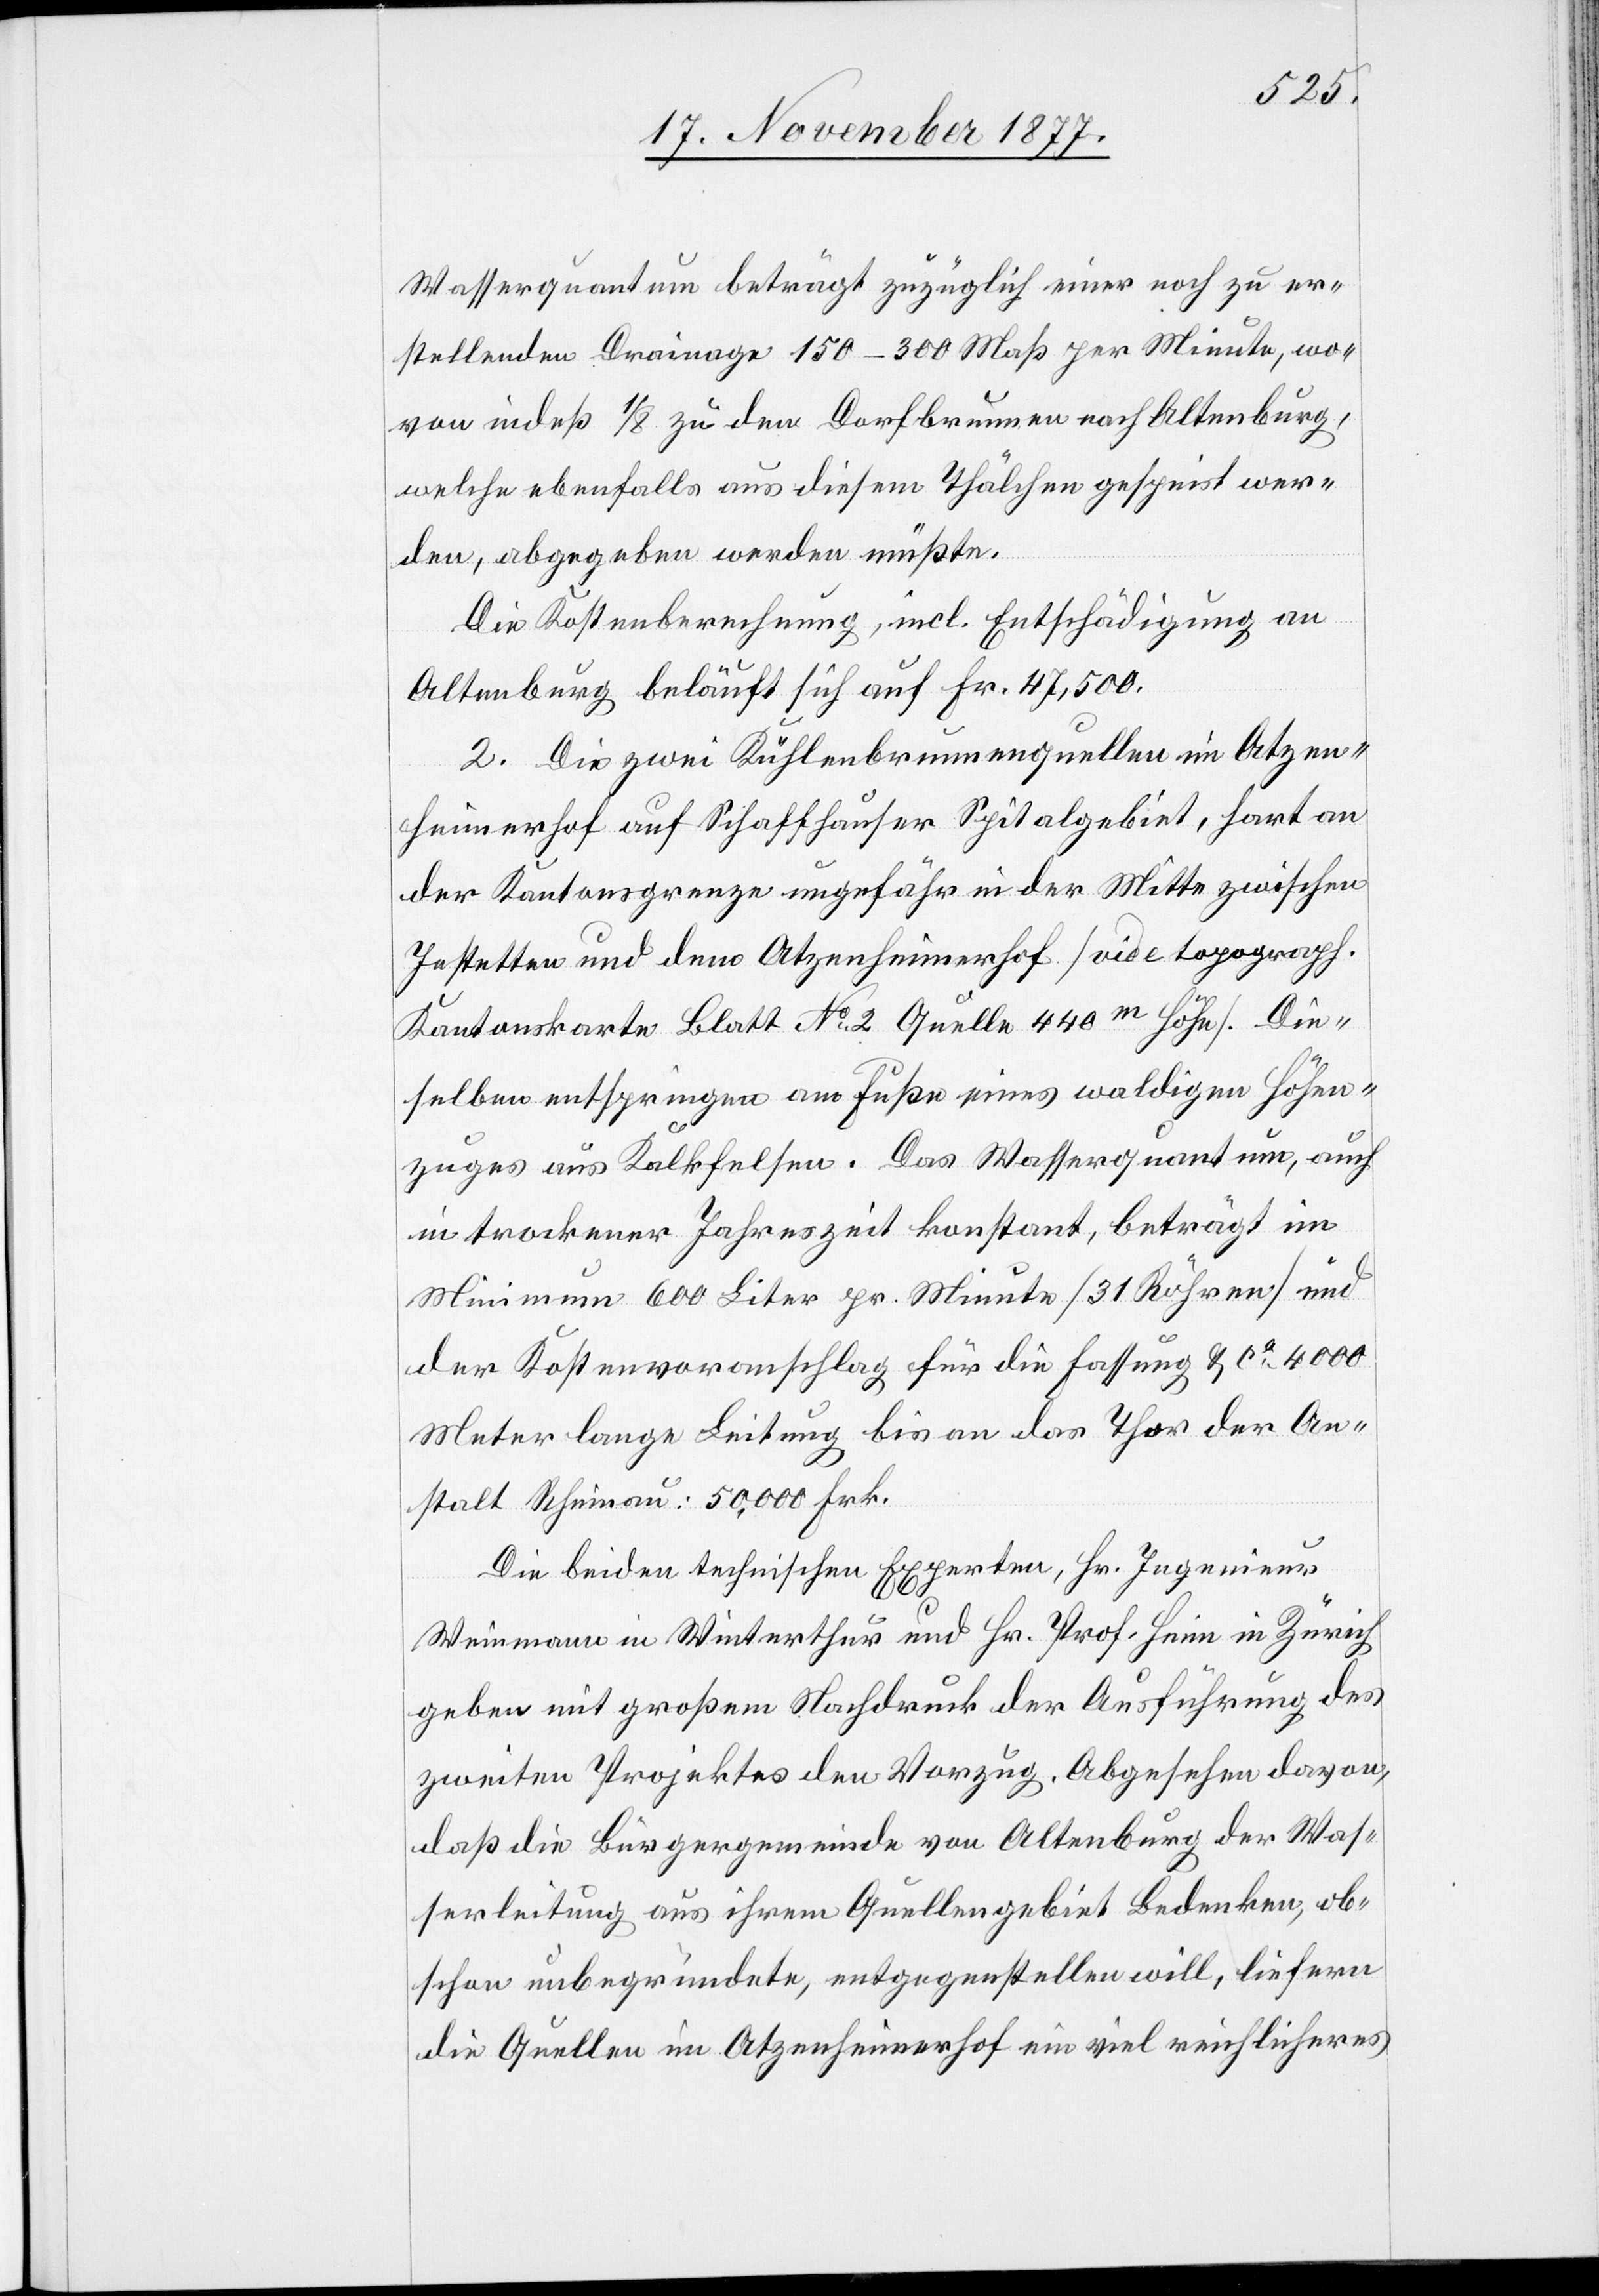
Wasserquantum beträgt zuzüglich einer noch zu er¬
stellenden Drainage 150–300 Maß per Minute, wo¬
von indeß 1/8 zu dem Dorfbrunnen nach Altenburg,
welche ebenfalls aus diesem Thälchen gespeist wer¬
den, abgegeben werden müßte.
Die Kostenberechnung, incl. Entschädigung an
Altenburg beläuft sich auf Fr. 47,500.
2. Die zwei Kühlenbrunnenquellen im Atzen¬
heimerhof auf Schaffhauser Spitalgebiet, hart an
der Kantonsgrenze ungefähr in der Mitte zwischen
Jestetten und dem Atzenheimerhof [vide topograph.
Kantonskarte Blatt No 2 Quelle 440m Höhe]. Die¬
selben entspringen am Fuße eines waldigen Höhen¬
zuges aus Kalkfelsen. Das Wasserquantum, auch
in trockener Jahreszeit konstant, beträgt im
Minimum 600 Liter pr. Minute [31 Röhren] und
der Kostenvoranschlag für die Fassung & ca 4000
Meter lange Leitung bis an das Thor der An¬
stalt Rheinau: 50,000 Frk.
Die beiden technischen Experten, Hr. Ingenieur
Weinmann in Winterthur und Hr. Prof. Heim in Zürich
geben mit großem Nachdruck der Ausführung des
zweiten Projektes den Vorzug. Abgesehen davon,
daß die Bürgergemeinde von Altenburg der Was¬
serleitung aus ihrem Quellengebiet Bedenken, ob¬
schon unbegründete, entgegenstellen will, liefern
die Quellen im Atzenheimerhof ein viel reichlicheres